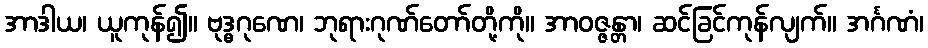
အာဒါယ၊ ယူကုန်၍။ ဗုဒ္ဓဂုဏေ၊ ဘုရားဂုဏ်တော်တို့ကို။ အာဝဇ္ဇန္တာ၊ ဆင်ခြင်ကုန်လျက်။ အင်္ဂဏံ၊